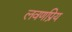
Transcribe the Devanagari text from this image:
लवणप्रिय